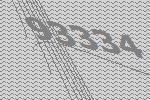
93334